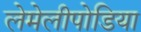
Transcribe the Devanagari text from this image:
लेमेलीपोडिया